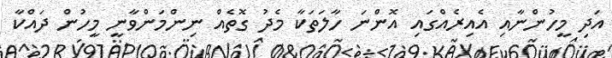
އަދި މީހުންނާއި އެއިރެއްގައި އޮންނަ ހާލަތަކާ މެދު ގޮތެއް ނިންމަންވާނީ މީހުން ދައްކާ